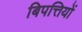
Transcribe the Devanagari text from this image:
बिपत्तियों